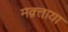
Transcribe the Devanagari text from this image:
मक़्ताया